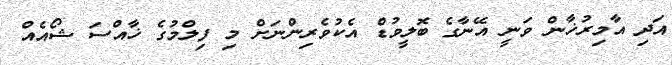
އަދި އާމިރުޚާން ވަނީ އޭނާގެ ބޮލީވުޑް އެކުވެރިންނަށް މި ފިލްމުގެ ޚާއްސަ ޝޯއެއް